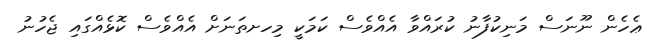
ޢެހެން ނޫނަސް މަނިކުފާނު ކުރައްވާ އެއްވެސް ކަމަކީ މިހށތަނަށް އެއްވެސް ކޮޅެއްގައި ޖެހުނު